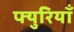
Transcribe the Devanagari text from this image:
फ्युरियाँ